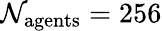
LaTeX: \mathcal{N}_{\mathrm{{agents}}}=256